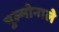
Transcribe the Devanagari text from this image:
पुल्मोनाले